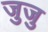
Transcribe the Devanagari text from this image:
जुजु